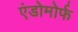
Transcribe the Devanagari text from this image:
एंडोमोर्फ